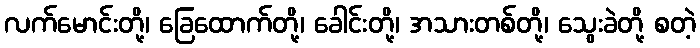
လက်မောင်းတို့၊ ခြေထောက်တို့၊ ခေါင်းတို့၊ အသားတစ်တို့၊ သွေးခဲတို့ စတဲ့